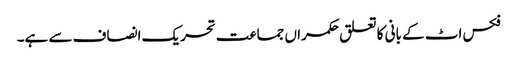
فکس اٹ کے بانی کا تعلق حکمراں جماعت تحریک انصاف سے ہے۔